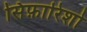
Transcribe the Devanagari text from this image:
सिफ़ारिशो